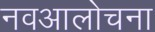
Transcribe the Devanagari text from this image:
नवआलोचना